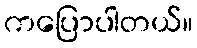
ကပြောပါတယ်။